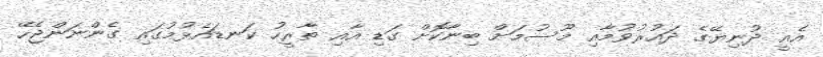
އެއީ ދުނިޔޭގެ ދައުރުވުމާއި މޫސުމަށް ބިނާކޮށް ގަޑި އާއި ތާރީހު ކަނޑައެޅުމުގައި ގެންނަންޖެހޭ